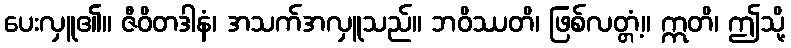
ပေးလှူ၏။ ဇီဝိတဒါနံ၊ အသက်အလှူသည်။ ဘဝိဿတိ၊ ဖြစ်လတ္တံ့။ ဣတိ၊ ဤသို့